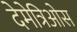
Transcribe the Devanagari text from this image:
देमेत्रिओस